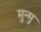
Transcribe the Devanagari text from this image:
मुन्मु